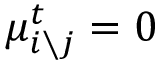
\mu _ { i \setminus j } ^ { t } = 0